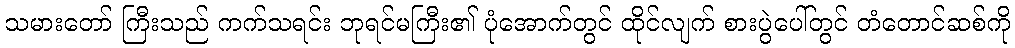
သမားတော် ကြီးသည် ကက်သရင်း ဘုရင်မကြီး၏ ပုံအောက်တွင် ထိုင်လျက် စားပွဲပေါ်တွင် တံတောင်ဆစ်ကို